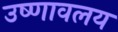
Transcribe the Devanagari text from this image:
उष्णावलय